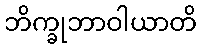
ဘိက္ခုဘာဝါယာတိ